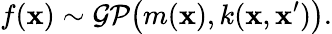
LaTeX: f(\mathbf{x})\sim\mathcal{GP}\big(m(\mathbf{x}),k(\mathbf{x},\mathbf{x^{\prime}})\big).